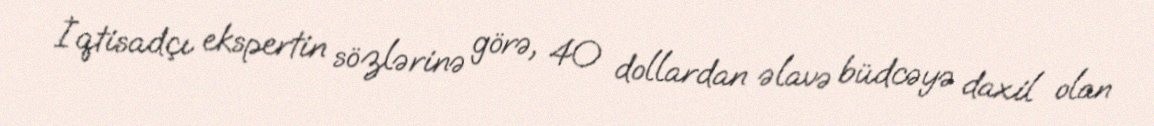
İqtisadçı ekspertin sözlərinə görə, 40 dollardan əlavə büdcəyə daxil olan